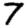
Digit: 7